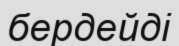
бердейді